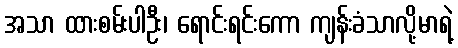
အသာ ထားစမ်းပါဦး၊ ရောင်းရင်းကော ကျန်းခံသာလို့မာရဲ့